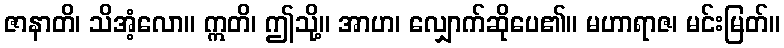
ဇာနာတိ၊ သိအံ့လော။ ဣတိ၊ ဤသို့။ အာဟ၊ လျှောက်ဆိုပေ၏။ မဟာရာဇ၊ မင်းမြတ်။